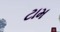
ટામ